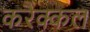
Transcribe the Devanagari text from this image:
करैक्कल